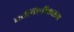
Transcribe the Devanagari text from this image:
कलिलीकरण